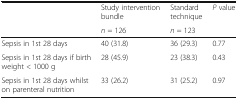
<table><thead><tr><td rowspan="2"></td><td><b>Study intervention bundle</b></td><td><b>Standard technique</b></td><td rowspan="2"><b><i>P</i> value</b></td></tr><tr><td><b><i>n</i> = 126</b></td><td><b><i>n</i> = 123</b></td></tr></thead><tbody><tr><td>Sepsis in 1st 28 days</td><td>40 (31.8)</td><td>36 (29.3)</td><td>0.77</td></tr><tr><td>Sepsis in 1st 28 days if birth weight &lt; 1000 g</td><td>28 (45.9)</td><td>23 (38.3)</td><td>0.43</td></tr><tr><td>Sepsis in 1st 28 days whilst on parenteral nutrition</td><td>33 (26.2)</td><td>31 (25.2)</td><td>0.97</td></tr></tbody></table>